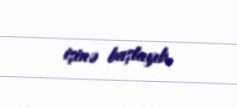
işinə başlayıb.